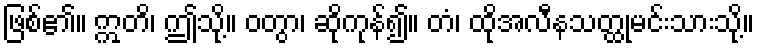
ဖြစ်၏။ ဣတိ၊ ဤသို့။ ဝတွာ၊ ဆိုကုန်၍။ တံ၊ ထိုအလီနသတ္ထုမင်းသားသို့။